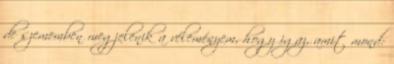
de szememben megjelenik a véleményem, hogy igaz, amit mond: